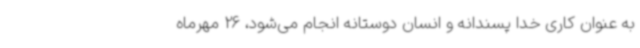
به عنوان کاری خدا پسندانه و انسان دوستانه انجام می‌شود، 26 مهرماه